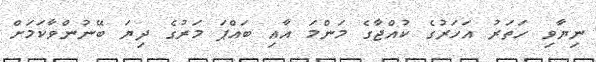
ނިޔާވި ހަތަރު އަހަރުގެ ކުއްޖާގެ މަންމަ އާއި ބައްޕަ މަރުގެ ދިޔަ ބޭނުންވާކަމަށް